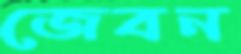
জেবন